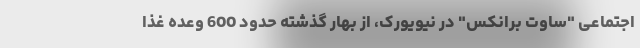
اجتماعی "ساوت برانکس" در نیویورک، از بهار گذشته حدود 600 وعده غذا